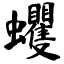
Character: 蠼